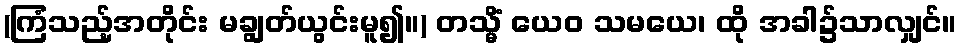
(ကြံသည့်အတိုင်း မချွတ်ယွင်းမူ၍။) တသ္မိံ ယေဝ သမယေ၊ ထို အခါ၌သာလျှင်။